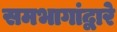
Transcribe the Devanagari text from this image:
समभागांद्वारे